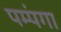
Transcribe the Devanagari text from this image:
पम्पंगा